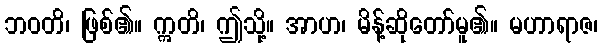
ဘဝတိ၊ ဖြစ်၏။ ဣတိ၊ ဤသို့။ အာဟ၊ မိန့်ဆိုတော်မူ၏။ မဟာရာဇ၊